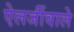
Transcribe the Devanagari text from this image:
ऐलर्जीवाले